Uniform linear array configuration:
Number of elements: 16
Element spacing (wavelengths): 0.5
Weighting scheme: uniform
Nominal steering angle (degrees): -45
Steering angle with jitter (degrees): -44.282
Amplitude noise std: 0.05
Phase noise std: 0.05

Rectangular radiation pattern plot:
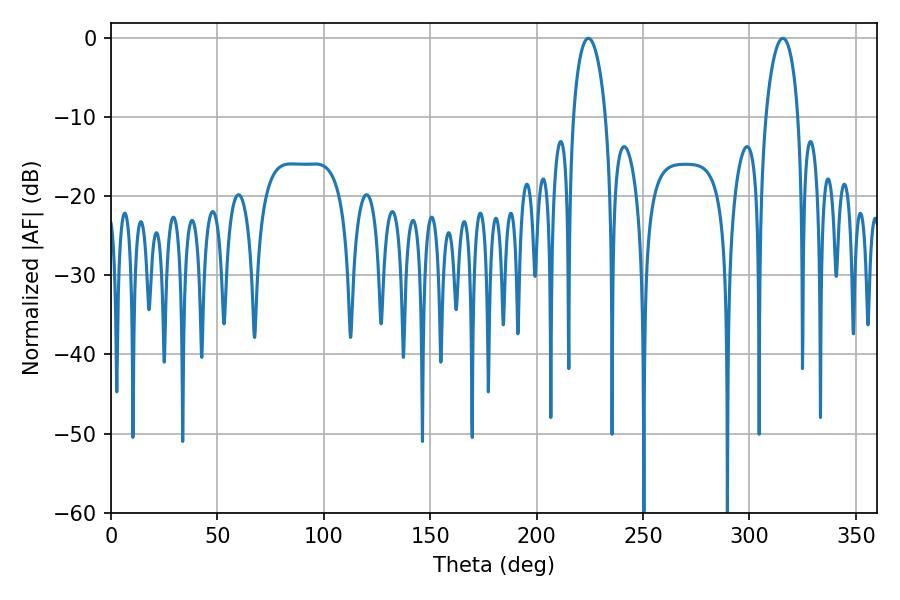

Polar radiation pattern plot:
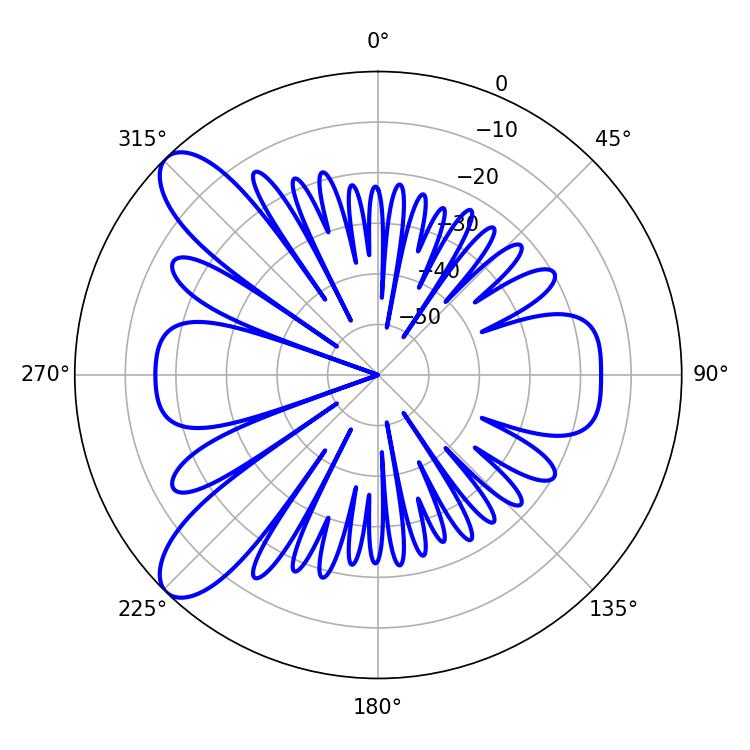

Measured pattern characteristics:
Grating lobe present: FALSE
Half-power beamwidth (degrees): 8.64
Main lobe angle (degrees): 224.28